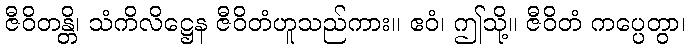
ဇီဝိတန္တိ၊ သံကိလိဋ္ဌေန ဇီဝိတံဟူသည်ကား။ ဧဝံ၊ ဤသို့။ ဇီဝိတံ ကပ္ပေတွာ၊